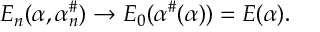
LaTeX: E _ { n } ( \alpha , \alpha _ { n } ^ { \# } ) \rightarrow E _ { 0 } ( \alpha ^ { \# } ( \alpha ) ) = E ( \alpha ) .